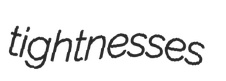
tightnesses